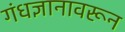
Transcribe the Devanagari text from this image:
गंधज्ञानावरून